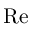
\mathrm { R e }